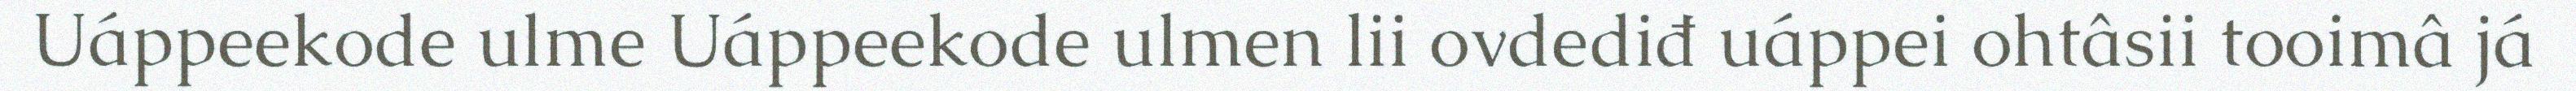
Uáppeekode ulme Uáppeekode ulmen lii ovdediđ uáppei ohtâsii tooimâ já